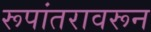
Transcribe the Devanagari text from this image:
रूपांतरावरून